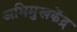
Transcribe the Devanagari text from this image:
अभिमुखकेंद्र